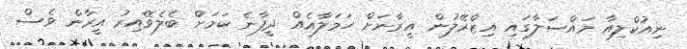
ނިއުކްލިއާ މައްސަލާގައި އިޒްރޭލުން އީރާނަށް ހަމަލާއެއް ދީފާނެ ކަމަށް ބެލެވޭއިރު އީރާން ވެސް